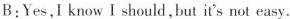
B:Yes,I know I should,but it's not easy.